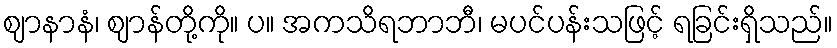
ဈာနာနံ၊ ဈာန်တို့ကို။ ပ။ အကသိရဘာဘီ၊ မပင်ပန်းသဖြင့် ရခြင်းရှိသည်။